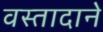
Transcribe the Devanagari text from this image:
वस्तादाने